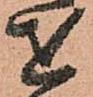
を